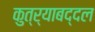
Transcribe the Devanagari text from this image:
कुत्र्याबद्दल